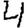
Digit: 4